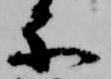
楽